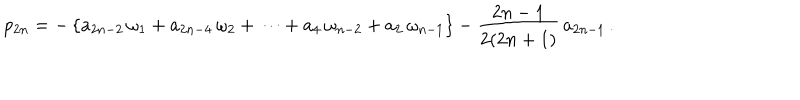
p _ { 2 n } = - \left\{ a _ { 2 n - 2 } \, \omega _ { 1 } + a _ { 2 n - 4 } \, \omega _ { 2 } + \cdots + a _ { 4 } \, \omega _ { n - 2 } + a _ { 2 } \, \omega _ { n - 1 } \right\} - \frac { 2 n - 1 } { 2 ( 2 n + 1 ) } \, a _ { 2 n - 1 } \, .